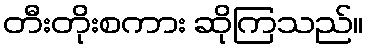
တီးတိုးစကား ဆိုကြသည်။